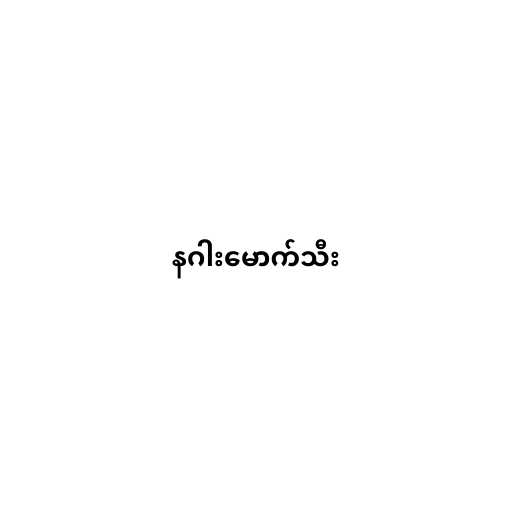
နဂါးမောက်သီး